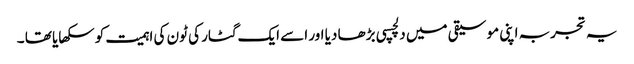
یہ تجربہ اپنی موسیقی میں دلچسپی بڑھا دیا اور اسے ایک گٹار کی ٹون کی اہمیت کو سکھایا تھا ۔